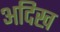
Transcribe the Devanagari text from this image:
अदिख